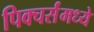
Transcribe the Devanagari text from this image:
पिक्चर्संमध्ये